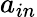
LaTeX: a_{in}